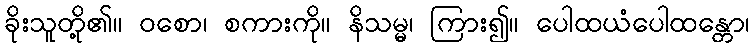
ခိုးသူတို့၏။ ဝစော၊ စကားကို။ နိသမ္မ၊ ကြား၍။ ပေါထယံပေါထန္တော၊